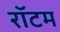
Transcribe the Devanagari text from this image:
रॉटम